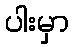
ပါးမှာ